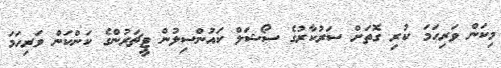
މިކަން ވަރިހަމަ ކުރި ގޮތަށް ސަރުކާރުގެ ސޯޝަލް ކައުންސިލުން ޓީޗަރުންގެ ކަންކަން ވަރިހަމަ